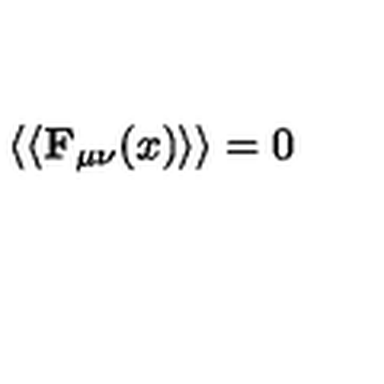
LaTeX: \left\langle \left< \mathbf { F } _ { \mu \nu } ( x ) \right> \right\rangle = 0